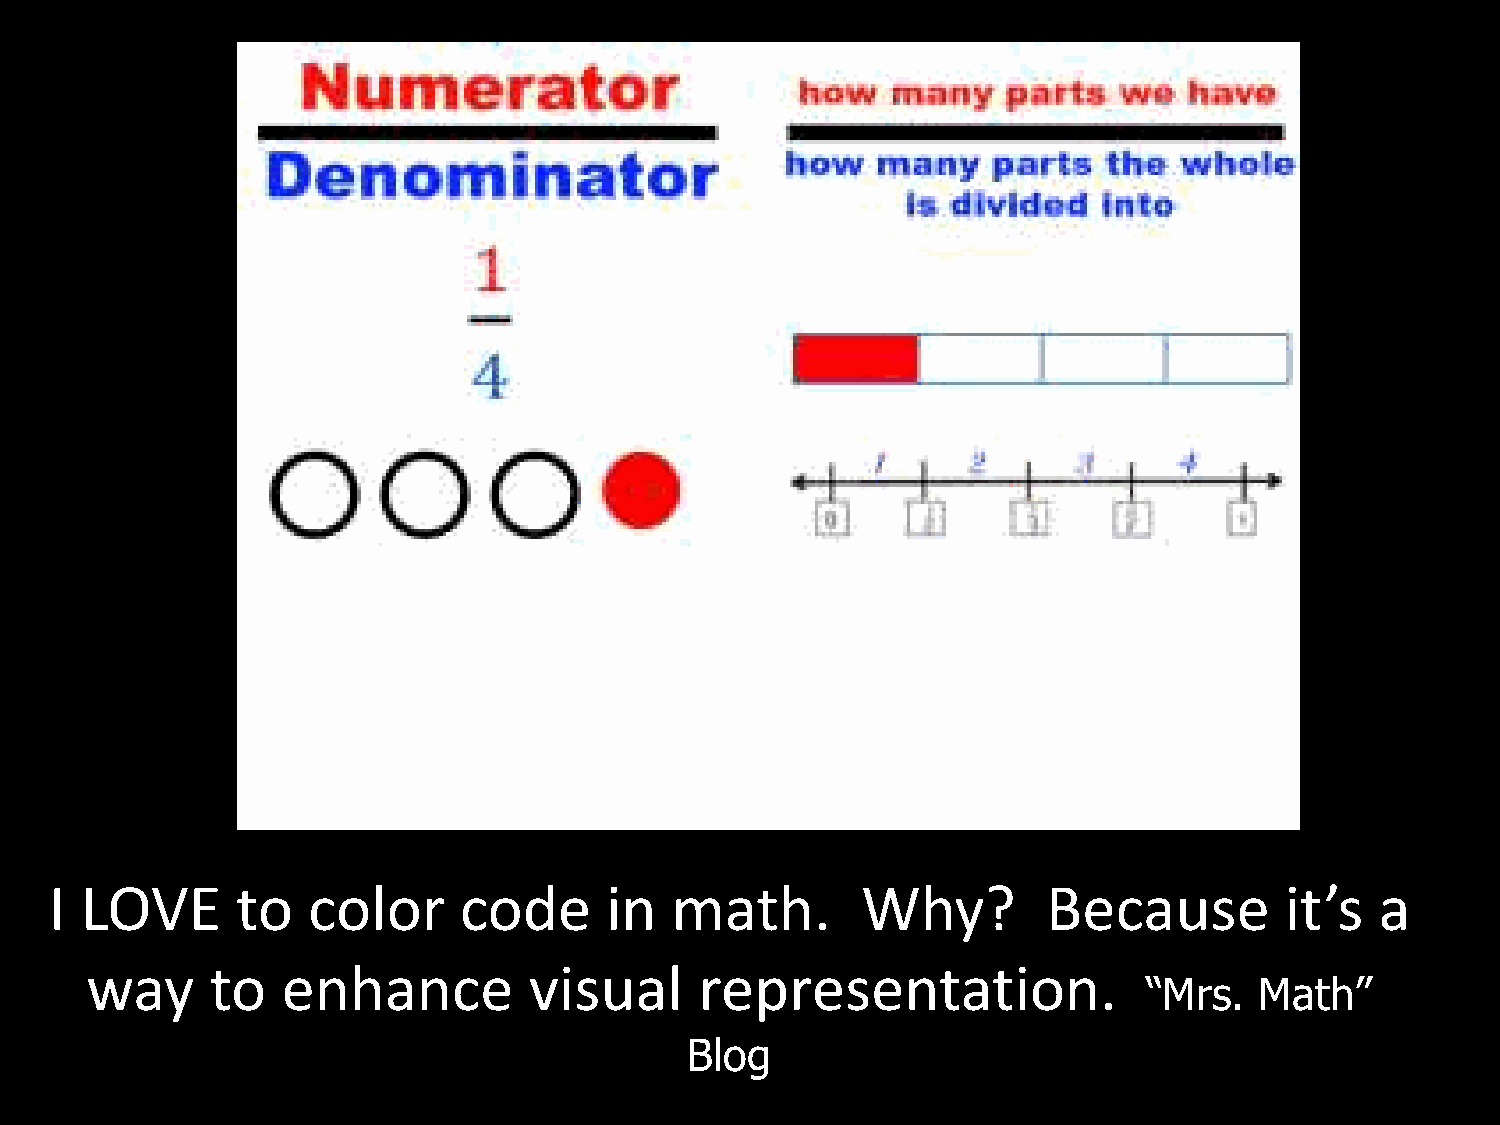
I LOVE       to  color     code      in  math.        Why?
 Because         it’s  a
 way     to   enhance         visual     representation.
 “Mrs.  Math”
 Blog